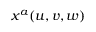
x ^ { a } ( u , v , w )